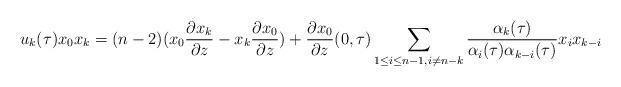
LaTeX: \begin{align*}u_{k}(\tau)x_0 x_{k}=(n-2)(x_0\frac{\partial x_k}{\partial z}-x_k\frac{\partial x_0}{\partial z})+\frac{\partial x_0}{\partial z}(0,\tau) \sum_{1\leq i \leq n-1, i \neq n-k} \frac{\alpha_{k}(\tau)}{\alpha_i(\tau) \alpha_{k-i}(\tau)} x_{i}x_{k-i}\end{align*}